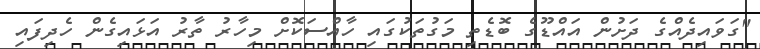
"ގަވައިދެއްގެ ދަށުން އައްޑޫގެ ބޮޑެތި މަގުތަކުގައި ހާއްސަކޮށް މިހާރު ތާރު އަޅައިގެން ހެދިފައި